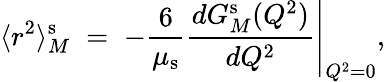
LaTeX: \langle r^{2}\rangle_{M}^{\mathrm{s}}\; =\; -\frac{6}{\mu_{\mathrm{s}}}\left.\frac{dG_{M}^{\mathrm{s}}(Q^{2})}{dQ^{2}}\right|_{Q^{2}=0},